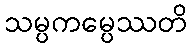
သမ္ပကမ္ပေဿတိ